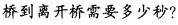
桥到离开桥需要多少秒?